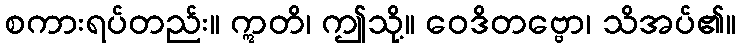
စကားရပ်တည်း။ ဣတိ၊ ဤသို့။ ဝေဒိတဗ္ဗော၊ သိအပ်၏။